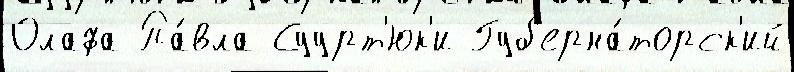
Олафа Па́вла Суурт'юк'и Губ'ерна́торск'ий